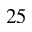
2 5